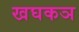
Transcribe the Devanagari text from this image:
खघकञ